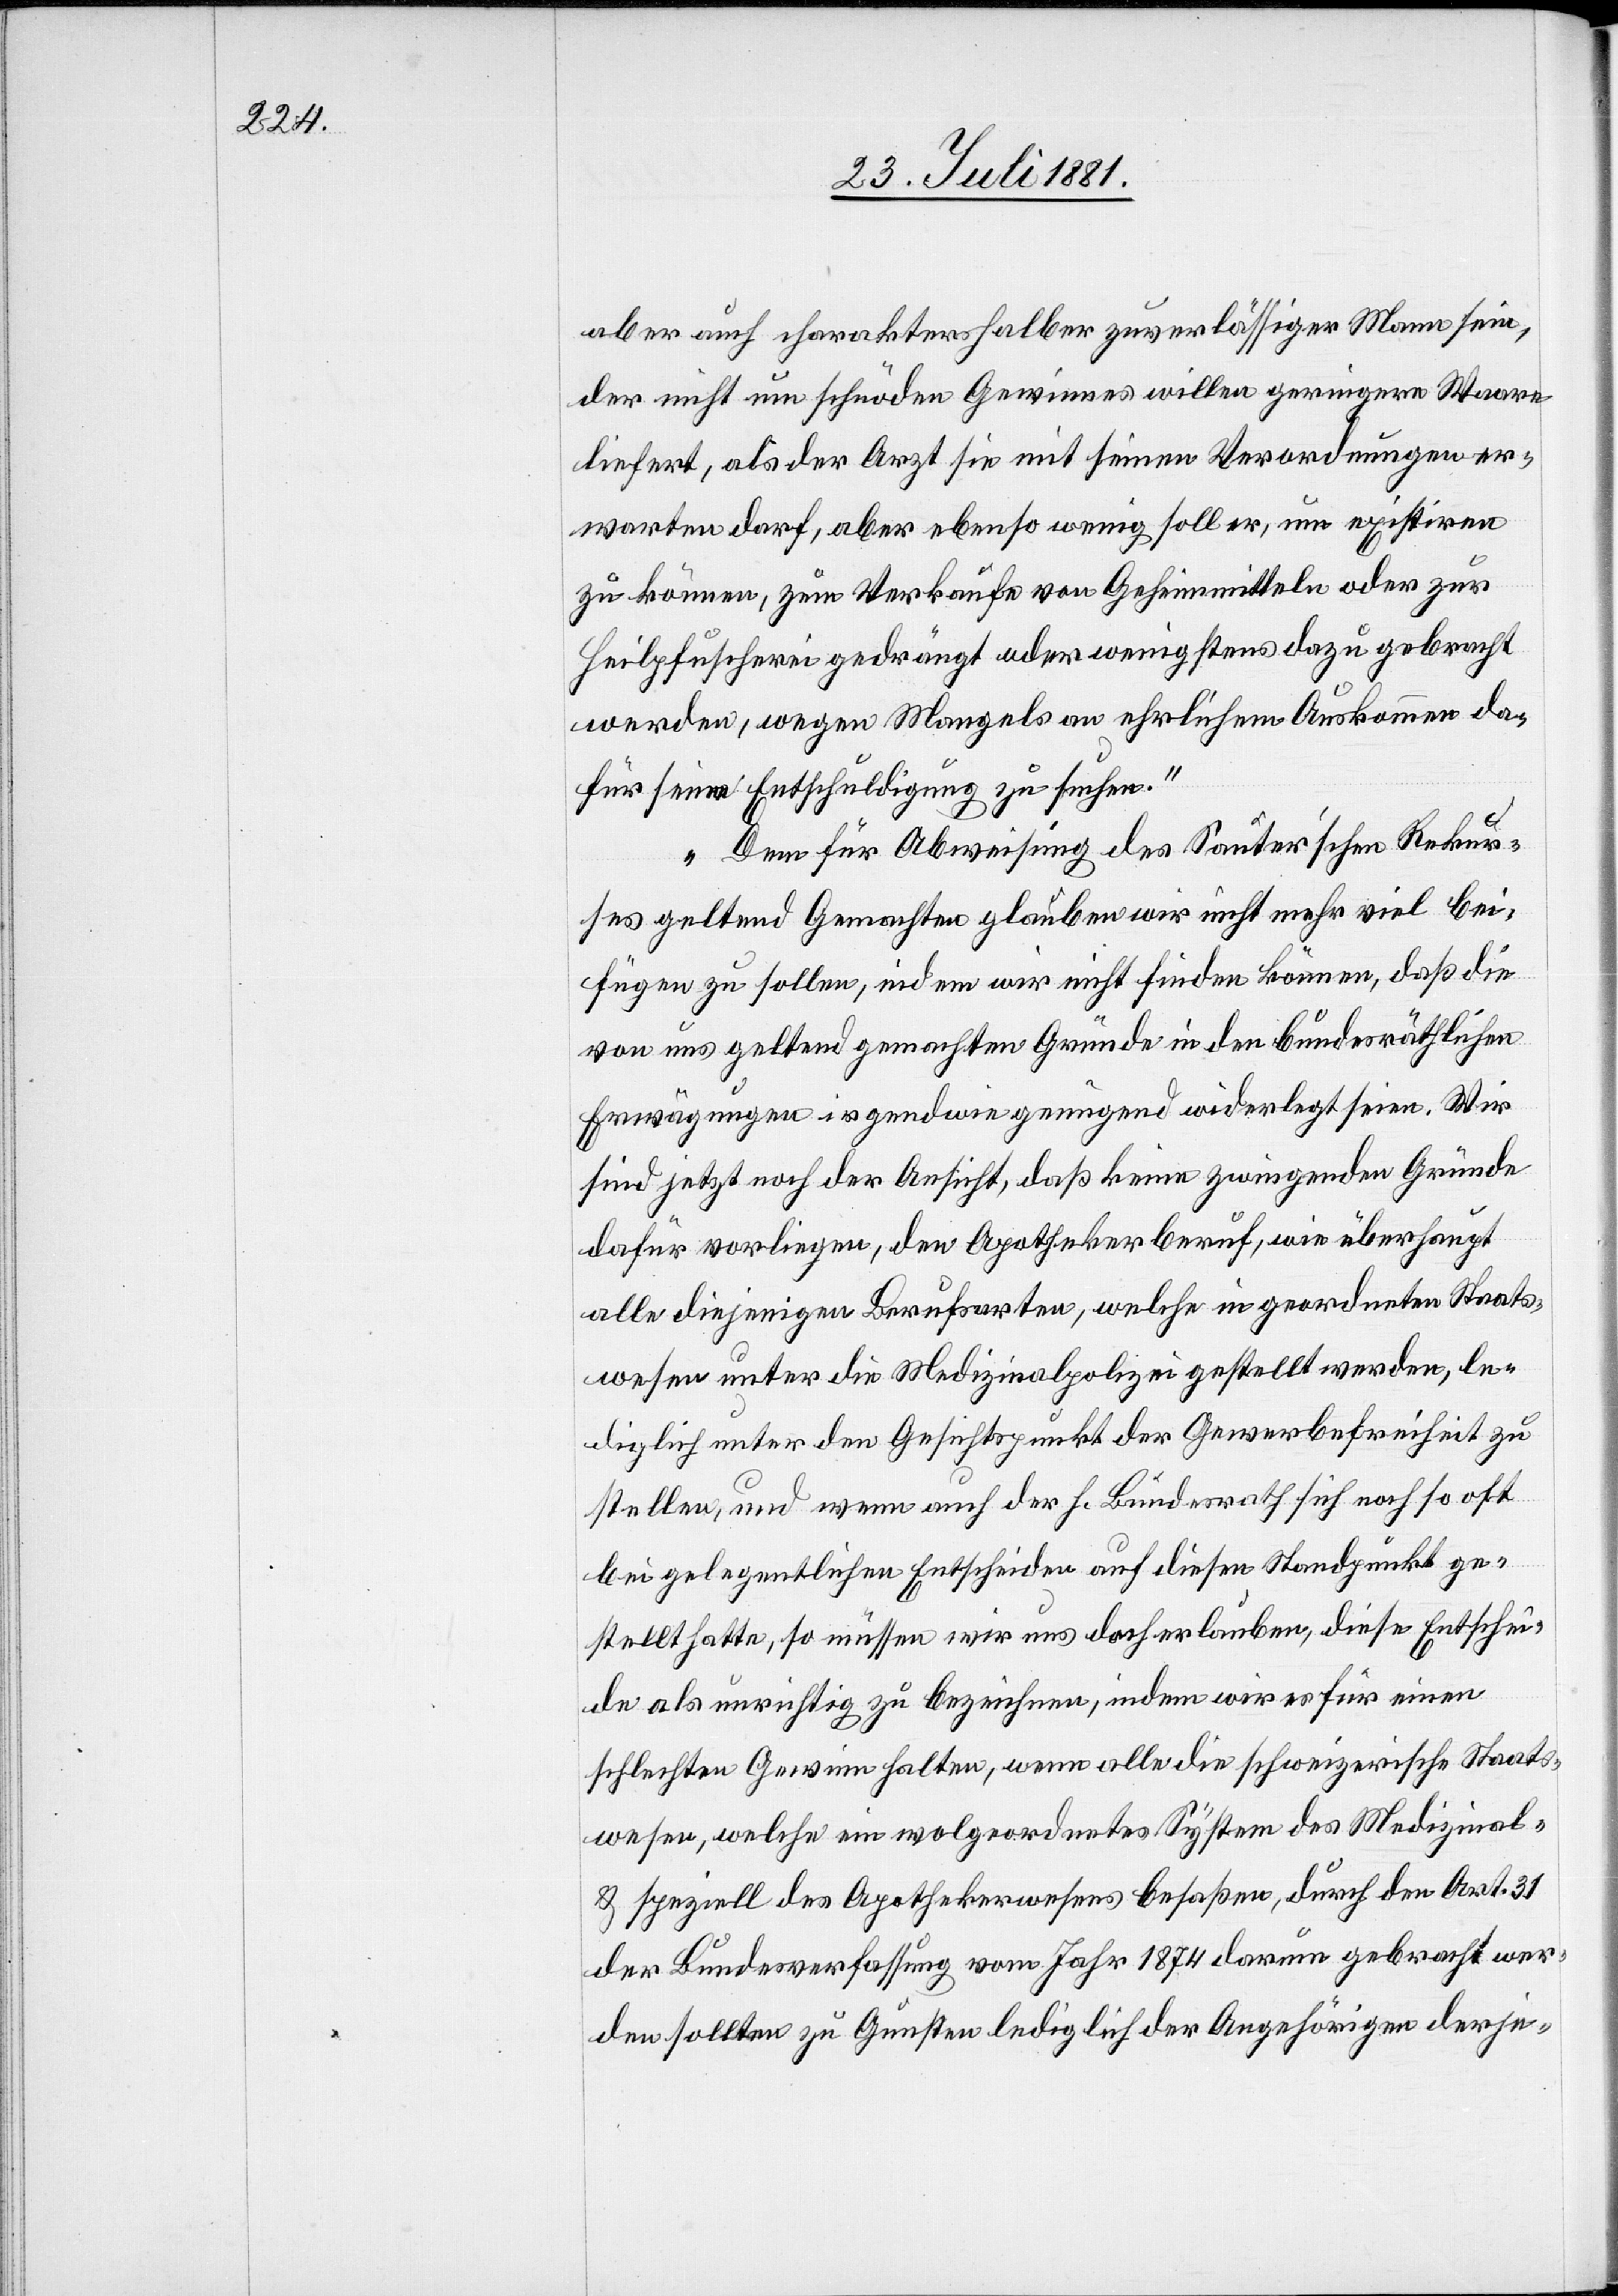
aber auch charaktershalber zuverlässiger Mann sein,
der nicht um schnöden Gewissens willen geringere Waare
liefert, als der Arzt sie mit seinen Verordnungen er¬
warten darf, aber ebenso wenig soll er, um existiren
zu können, zum Verkaufe von Geheimmitteln oder zur
Heilpfuscherei gedrängt oder wenigstens dazu gebracht
werden, wegen Mangels an ehrlichem Auskommen da¬
für seine Entschuldigung zu suchen.
Dem für Abweisung des Sanitär’schen Rekur¬
ses geltend Gemachten glaube wir nicht mehr viel bei¬
fügen zu sollen, indem wir nicht finden können, daß die
von uns geltend gemachten Gründe in den bundesräthlichen
Erwägungen irgendwie genügend widerlegt seien. Wir
sind jetzt noch der Ansicht, daß keine zwingenden Gründe
dafür vorliegen, den Apothekerberuf, wie überhaupt
alle diejenigen Berufsarten, welche in geordneten Staats¬
wesen unter die Medizinalpolizei gestellt werden, le¬
diglich unter den Gesichtspunkt der Gewerbefreiheit zu
stellen, und wenn auch der h. Bundesrath sich noch so oft
bei gelegentlichen Entscheiden auf diesen Standpunkt ge¬
stellt hatte, so müssen wir uns doch erlauben, diese Entschei¬
de als unrichtig zu bezeichnen, indem wir es für einen
schlechten Gewinn halten, wenn alle die schweizerische[n] Staats¬
wesen, welche ein wolgeordnetes System des Medizinal-
& speziell des Apothekerwesens besaßen, durch den Art. 31
der Bundesverfassung vom Jahr 1874 darum gebracht wer¬
den sollten zu Gunsten lediglich der Angehörigen derje-